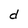
Character: d